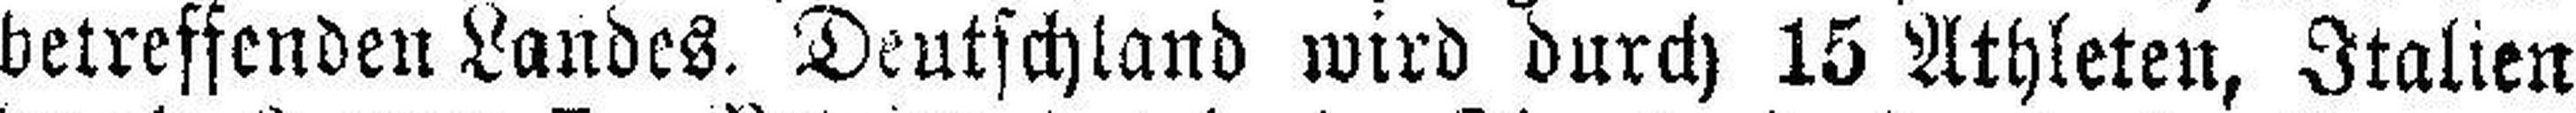
betreffenden Landes. Deutschland wird durch 15 Athleten, Italien